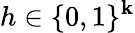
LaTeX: h\in\{ 0,1\} ^{\mathbf{k}}